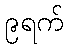
၉ရက်